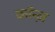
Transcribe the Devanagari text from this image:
कॉन्ज़